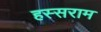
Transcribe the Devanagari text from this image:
हस्सराम